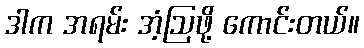
ဒါက အရမ်း အံ့ဩဖို့ ကောင်းတယ်။